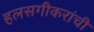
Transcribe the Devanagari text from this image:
हलसगीकरांची